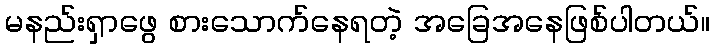
မနည်းရှာဖွေ စားသောက်နေရတဲ့ အခြေအနေဖြစ်ပါတယ်။